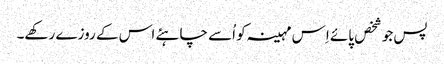
پس جو شخص پائے اِس مہینہ کو اُسے چاہئے اس کے روزے رکھے۔